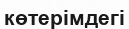
көтерімдегі